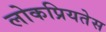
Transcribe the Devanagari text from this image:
लोकप्रियतेस